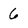
Character: 6